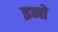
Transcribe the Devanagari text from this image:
इन्ते